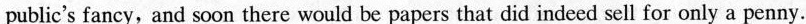
public's fancy, and soon there would be papers that did indeed sell for only a penny.